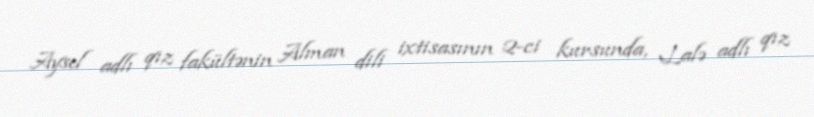
Aysel adlı qız fakültənin Alman dili ixtisasının 2-ci kursunda, Lalə adlı qız